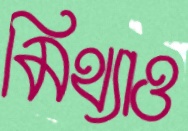
মিথ্যাও